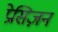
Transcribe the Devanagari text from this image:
प्रेसिज़न